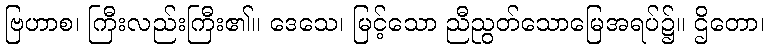
ဗြဟာစ၊ ကြီးလည်းကြီး၏။ ဒေသေ၊ မြင့်သော ညီညွတ်သောမြေအရပ်၌။ ဌိတော၊